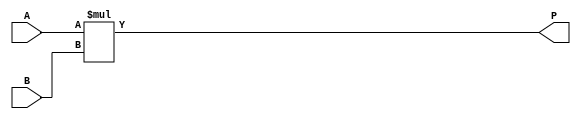
module parameterized_multiplier #(parameter A_width = 8,
                                  parameter B_width = 8,
                                  parameter P_width = A_width + B_width)
(
    input  wire [A_width-1:0] A,  // Input operand A
    input  wire [B_width-1:0] B,  // Input operand B
    output reg  [P_width-1:0] P   // Output product P
);

    // Behavioral description of the multiplier
    always @(*) begin
        P = A * B;  // Perform multiplication
    end

endmodule